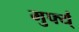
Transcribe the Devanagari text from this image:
मुर्फ्य्